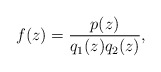
\begin{align*}f(z)=\frac{p(z)}{q_1(z)q_2(z)},\end{align*}